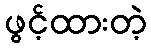
ဖွင့်ထားတဲ့